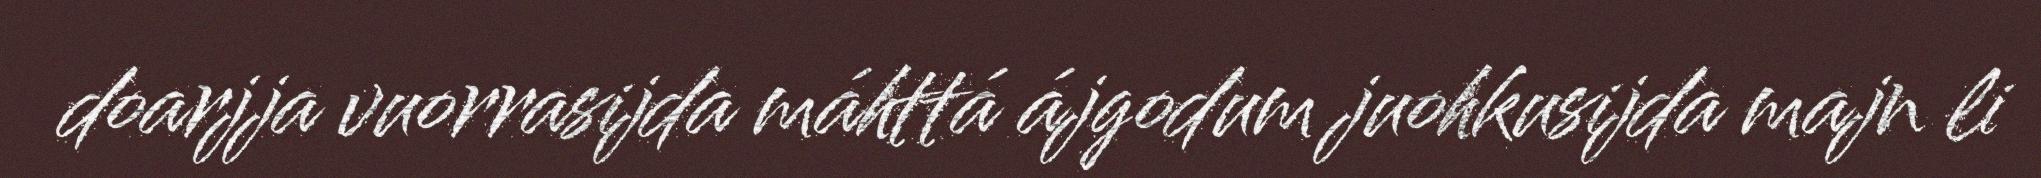
doarjja vuorrasijda máhttá ájgodum juohkusijda majn li